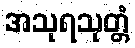
အသုရသုတ္တံ